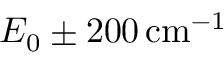
E _ { 0 } \pm 2 0 0 \, \mathrm { c m } ^ { - 1 }